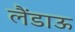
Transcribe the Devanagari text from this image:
लैंडाऊ